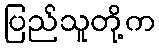
ပြည်သူတို့က